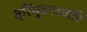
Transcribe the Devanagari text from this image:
त्रिभुवनाचारि